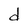
Character: d